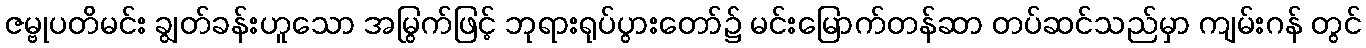
ဇမ္ဗုပတိမင်း ချွတ်ခန်းဟူသော အမြွက်ဖြင့် ဘုရားရုပ်ပွားတော်၌ မင်းမြောက်တန်ဆာ တပ်ဆင်သည်မှာ ကျမ်းဂန် တွင်